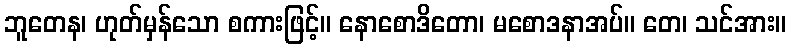
ဘူတေန၊ ဟုတ်မှန်သော စကားဖြင့်။ နောစောဒိတော၊ မစောဒနာအပ်။ တေ၊ သင်အား။